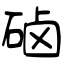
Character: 硵